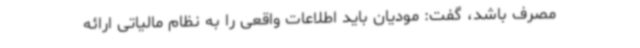
مصرف باشد، گفت: مودیان باید اطلاعات واقعی را به نظام مالیاتی ارائه